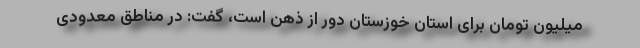
میلیون تومان برای استان خوزستان دور از ذهن است، گفت: در مناطق معدودی